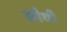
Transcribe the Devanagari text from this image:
सौथी